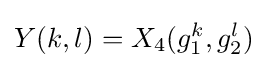
Y(k,l)=X_{4}(g_{1}^{k},g_{2}^{l})